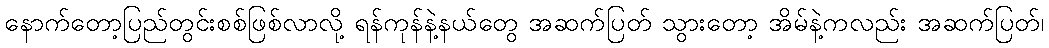
နောက်တော့ပြည်တွင်းစစ်ဖြစ်လာလို့ ရန်ကုန်နဲ့နယ်တွေ အဆက်ပြတ် သွားတော့ အိမ်နဲ့ကလည်း အဆက်ပြတ်၊